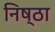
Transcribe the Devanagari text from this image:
निष्‍ठा